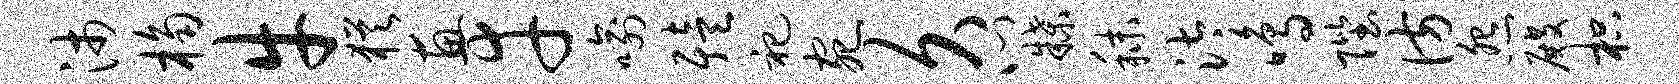
沛桷牛犹惠幸喻殪祀宛久心牒秣汰鸣陛彷怨殿枳